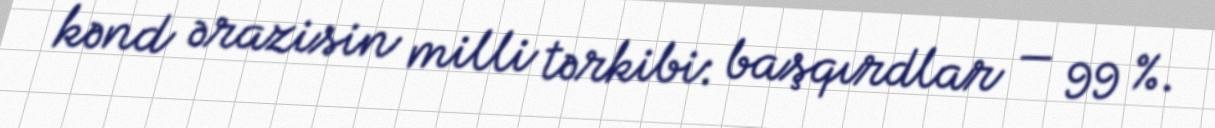
kənd ərazisin milli tərkibi: başqırdlar — 99 %.